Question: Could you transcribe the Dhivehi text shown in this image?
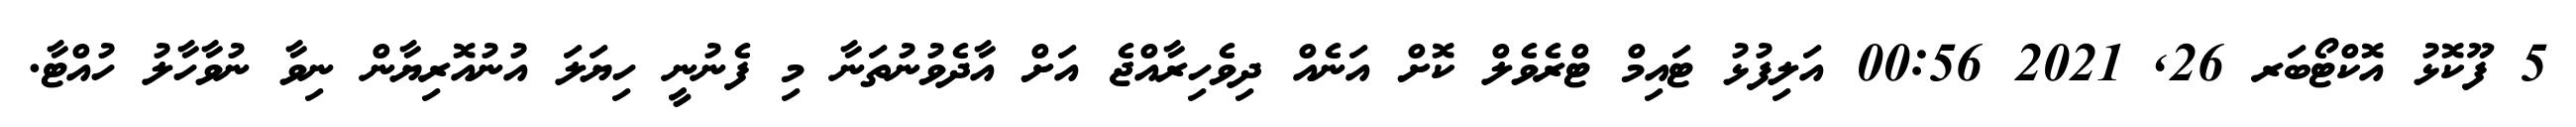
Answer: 5 ފޫކޮޅު އޮކްޓޯބަރ 26, 2021 00:56 އަލިފުޅު ޓައިމް ޓްރެވެލް ކޮށް އަނެއް ދިވެހިރާއްޖެ އަށް އާދެވުނުތަނާ މި ފެނުނީ ހިޔަލަ އުނުއޮރިޔާން ނިވާ ނުވާހާލު ހުއްޓާ.